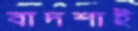
বাদশাই